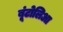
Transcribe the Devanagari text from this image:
बूंटोलिआ